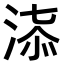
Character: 𣶠